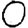
Digit: 0